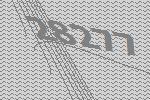
28277